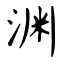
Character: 渊